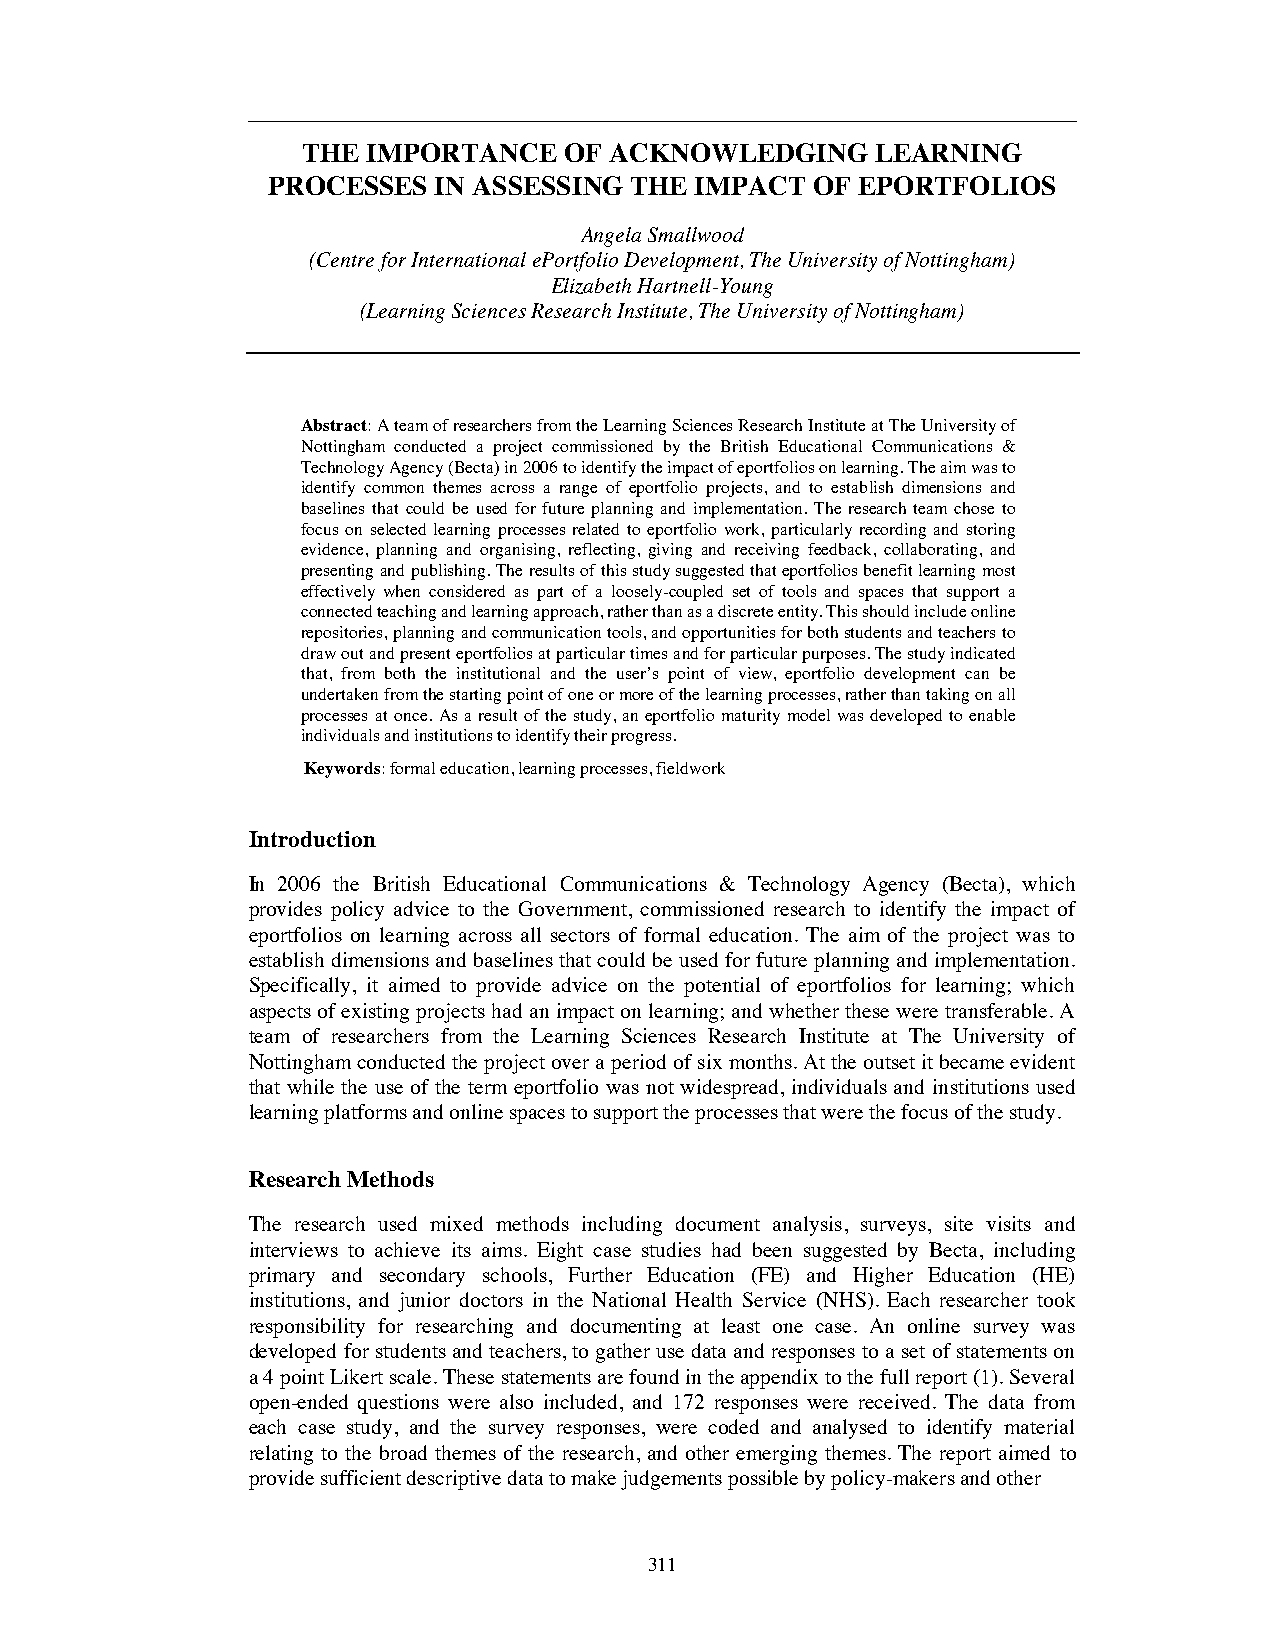
THE IMPORTANCE   OF ACKNOWLEDGING     LEARNING
 PROCESSES  IN ASSESSING THE IMPACT  OF EPORTFOLIOS
 Angela Smallwood
 (Centre for InternationalePortfolio Development, The University of Nottingham)
 Elizabeth Hartnell-Young
 (Learning Sciences Research Institute, The University of Nottingham)
 Abstract: A team of researchers from the Learning Sciences Research Institute at The University of
 Nottingham conducted a project commissioned by the British Educational Communications &
 Technology Agency (Becta) in 2006 to identify the impact of eportfolios on learning. The aim was to
 identify common themes across a range of eportfolio projects, and to establish dimensions and
 baselines that could be used for future planning and implementation. The research team chose to
 focus on selected learning processes related to eportfolio work, particularly recording and storing
 evidence, planning and organising, reflecting, giving and receiving feedback, collaborating, and
 presenting and publishing. The results of this study suggested that eportfolios benefit learning most
 effectively when considered as part of a loosely-coupled set of tools and spaces that support a
 connected teaching and learning approach, rather than as a discrete entity. This should include online
 repositories, planning and communication tools, and opportunities for both students and teachers to
 draw out and present eportfolios at particular times and for particular purposes. The study indicated
 that, from both the institutional and the user’s point of view, eportfolio development can be
 undertaken from the starting point of one or more of the learning processes, rather than taking on all
 processes at once. As a result of the study, an eportfolio maturity model was developed to enable
 individuals and institutions to identify their progress.
 Keywords:formal education, learning processes, fieldwork
 Introduction
 In 2006 the British Educational Communications & Technology Agency (Becta), which
 provides policy advice to the Government, commissioned research to identify the impact of
 eportfolios on learning across all sectors of formal education. The aim of the project was to
 establish dimensions and baselines that could be used for future planning and implementation.
 Specifically, it aimed to provide advice on the potential of eportfolios for learning; which
 aspects of existing projects had an impact on learning; and whether these were transferable. A
 team of researchers from the Learning Sciences Research Institute at The University of
 Nottingham conducted the project over a period of six months. At the outset it became evident
 that while the use of the term eportfolio was not widespread, individuals and institutions used
 learning platforms and online spaces to support the processes that were the focus of the study.
 Research Methods
 The research used mixed methods including document analysis, surveys, site visits and
 interviews to achieve its aims. Eight case studies had been suggested by Becta, including
 primary and secondary schools, Further Education (FE) and Higher Education (HE)
 institutions, and junior doctors in the National Health Service (NHS). Each researcher took
 responsibility for researching and documenting at least one case. An online survey was
 developed for students and teachers, to gather use data and responses to a set of statements on
 a 4 point Likert scale. These statements are found in the appendix to the full report (1). Several
 open-ended questions were also included, and 172 responses were received. The data from
 each case study, and the survey responses, were coded and analysed to identify material
 relating to the broad themes of the research, and other emerging themes. The report aimed to
 provide sufficient descriptive data to make judgements possible by policy-makers and other
 311